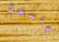
متسخة